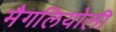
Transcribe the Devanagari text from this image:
मैगलियोली